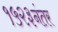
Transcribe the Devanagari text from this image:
१५२३नंतर